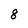
Character: 8